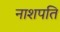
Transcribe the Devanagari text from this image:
नाशपति